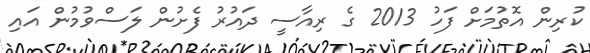
ކުރިން އޮތުމަށް ފަހު 2013 ގެ ރިއާސީ ދައުރު ފެށުން ލަސްވުމުން އައި